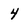
Character: 4